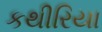
કથીરિયા